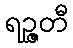
ရဉ္ဇတီ